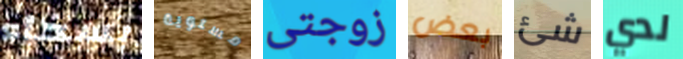
بسخاء مستوية زوجتى بعض شئ لدي